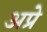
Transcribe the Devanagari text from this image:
अप्रे